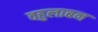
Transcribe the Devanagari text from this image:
वहुलाबन